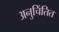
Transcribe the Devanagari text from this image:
अनुचिंतित